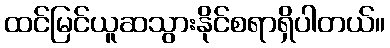
ထင်မြင်ယူဆသွားနိုင်စရာရှိပါတယ်။